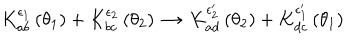
LaTeX: K _ { a b } ^ { \epsilon _ { 1 } } \left( \theta _ { 1 } \right) + K _ { b c } ^ { \epsilon _ { 2 } } \left( \theta _ { 2 } \right) \, \rightarrow \, K _ { a d } ^ { \epsilon _ { 2 } ^ { \prime } } \left( \theta _ { 2 } \right) + K _ { d c } ^ { \epsilon _ { 1 } ^ { \prime } } \left( \theta _ { 1 } \right)